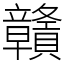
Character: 贛